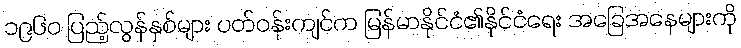
၁၉၆၀ ပြည့်လွန်နှစ်များ ပတ်ဝန်းကျင်က မြန်မာနိုင်ငံ၏နိုင်ငံရေး အခြေအနေများကို